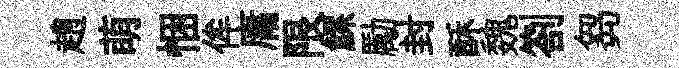
趙萌悃侔庸限鰥勵封酥魏劄芻